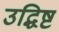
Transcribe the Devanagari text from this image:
उद्धिष्ट